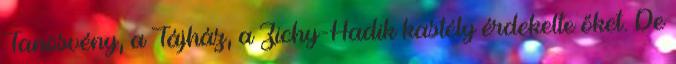
Tanösvény, a Tájház, a Zichy-Hadik kastély érdekelte őket. De